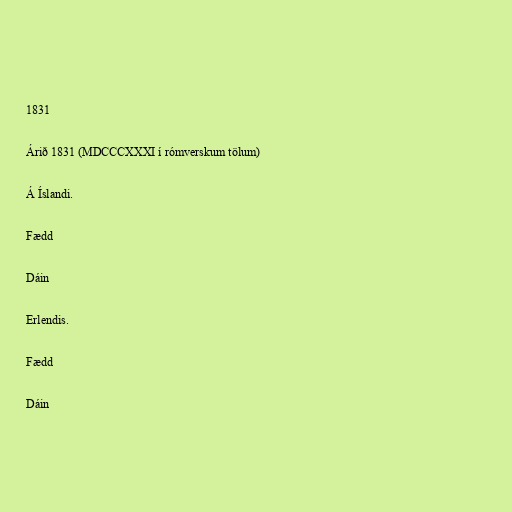
1831

Árið 1831 (MDCCCXXXI í rómverskum tölum)

Á Íslandi.

Fædd

Dáin

Erlendis.

Fædd

Dáin